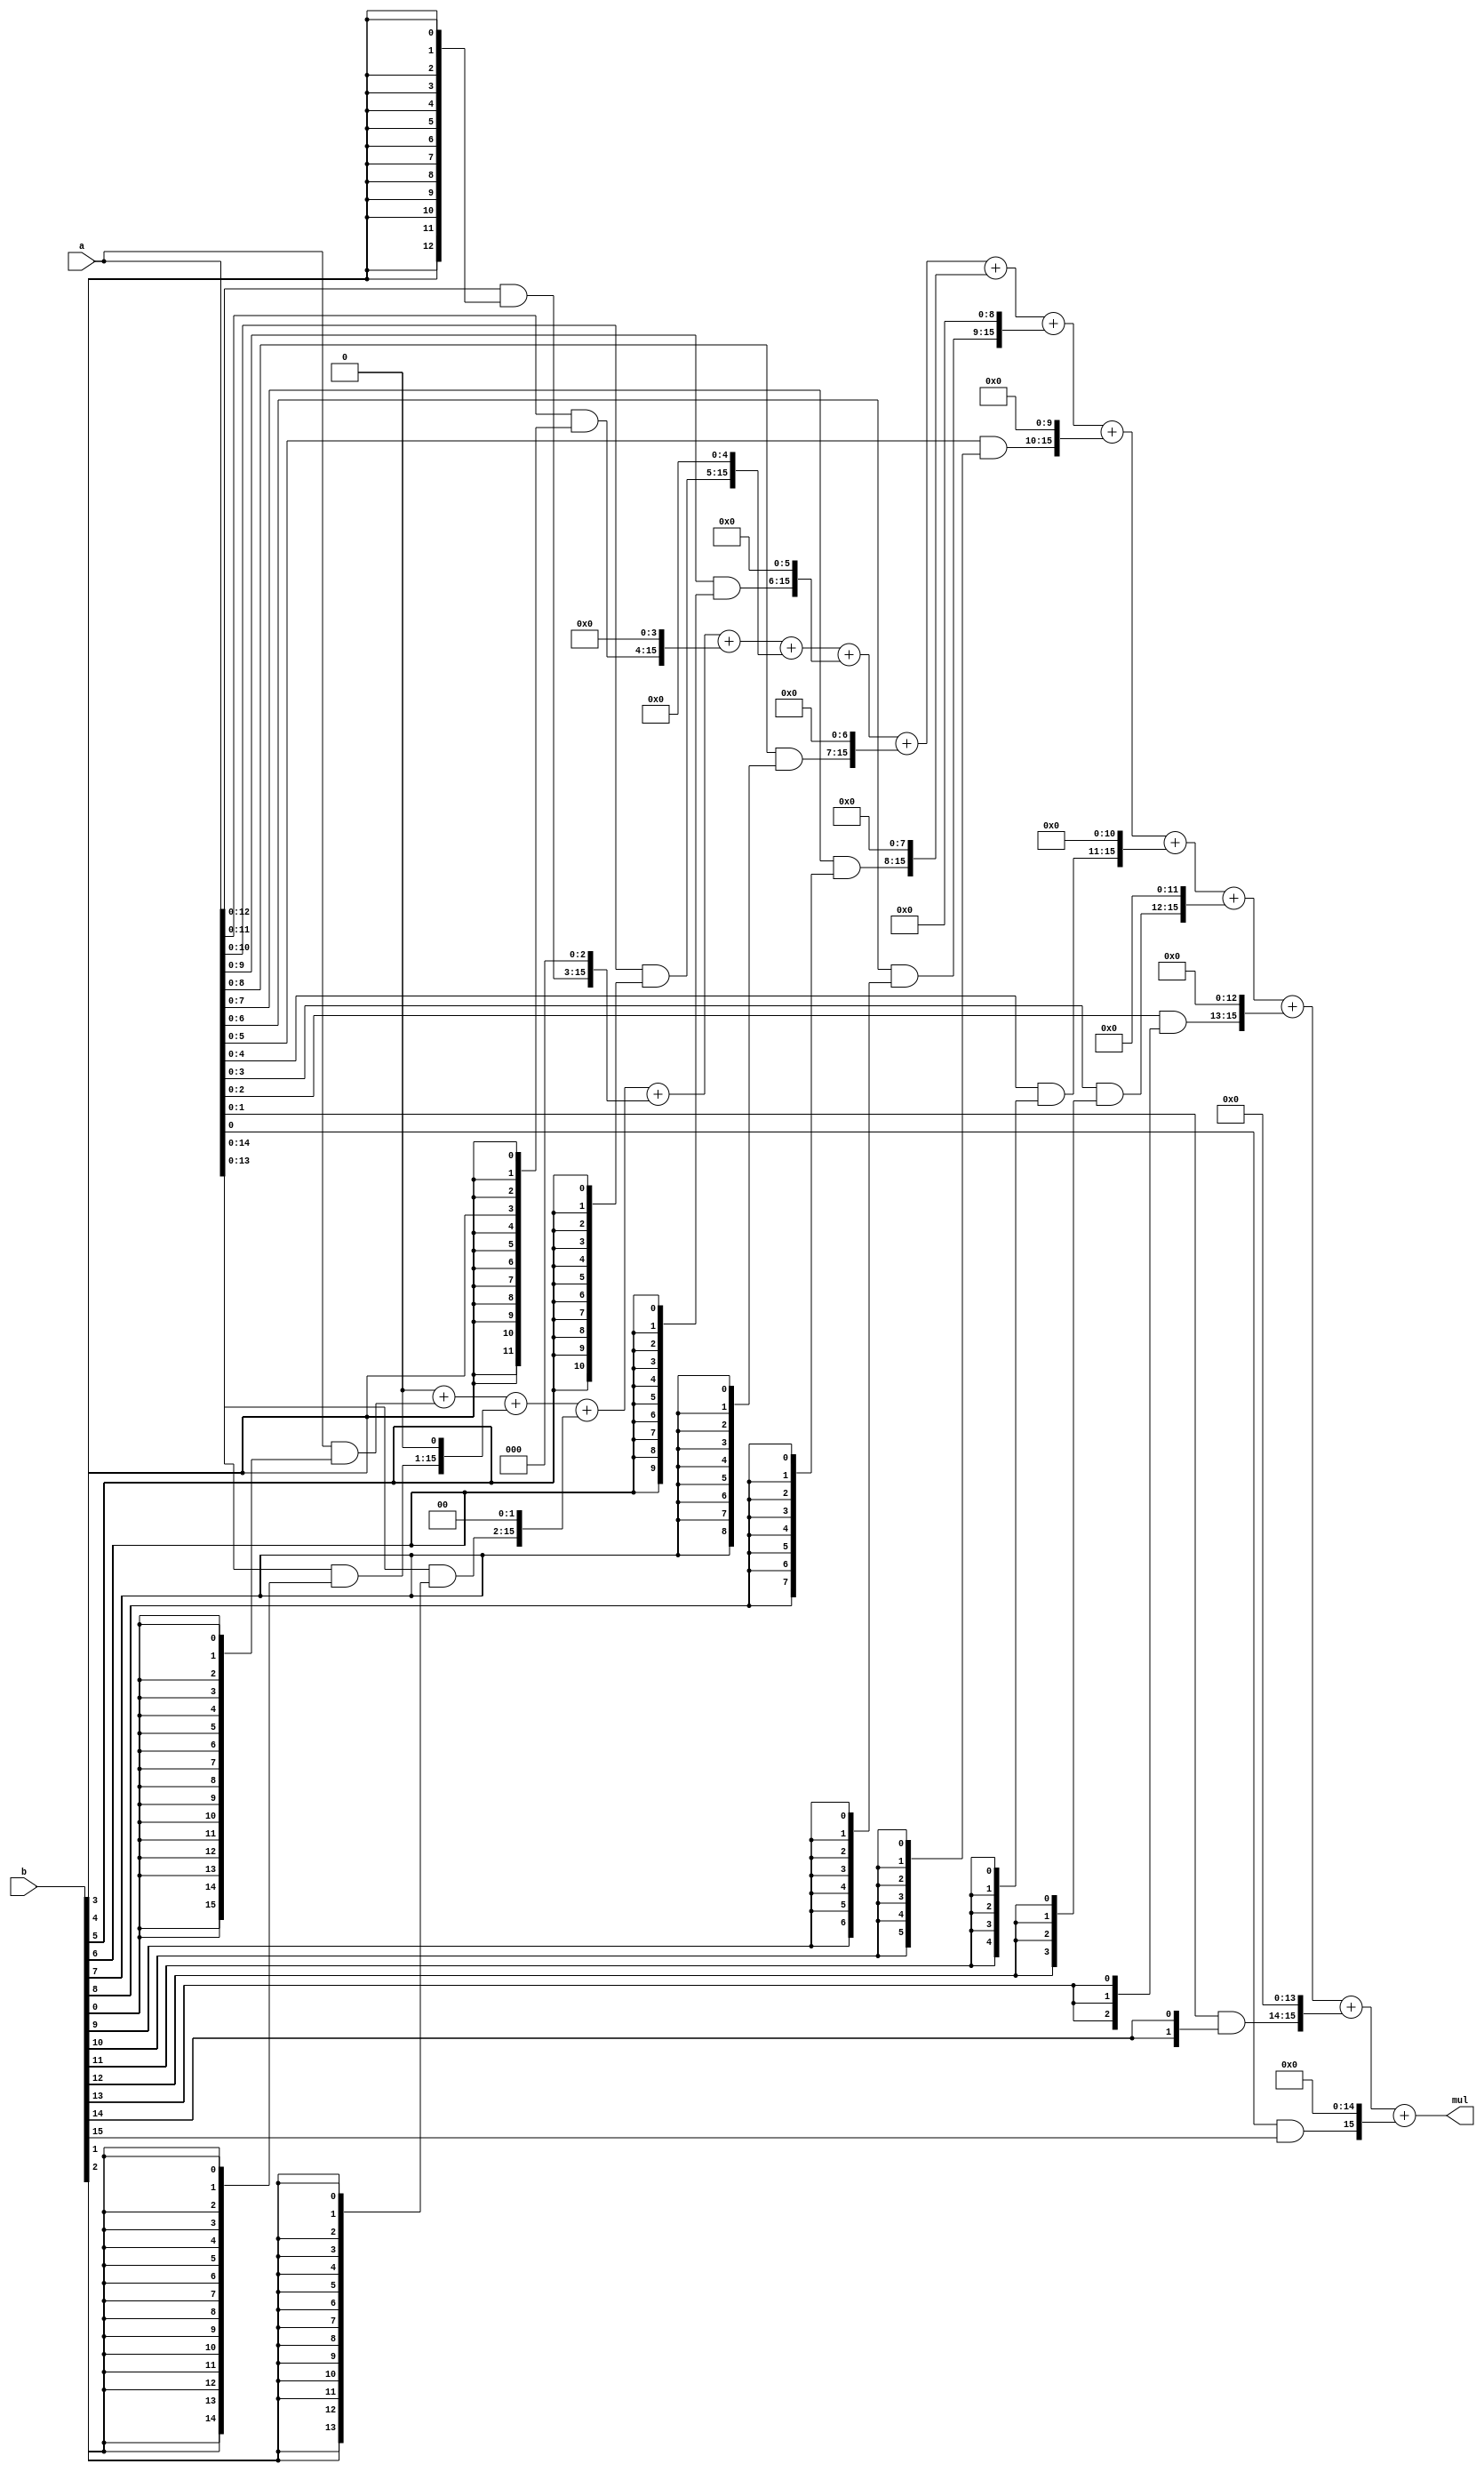
/*
   This file was generated automatically by the Mojo IDE version B1.3.6.
   Do not edit this file directly. Instead edit the original Lucid source.
   This is a temporary file and any changes made to it will be destroyed.
*/

module multiply_31 (
    input [15:0] a,
    input [15:0] b,
    output reg [15:0] mul
  );
  
  
  
  integer shiftIndex;
  
  reg [15:0] partial;
  
  reg [15:0] tempMul;
  
  always @* begin
    tempMul = 1'h0;
    for (shiftIndex = 1'h0; shiftIndex < 5'h10; shiftIndex = shiftIndex + 1) begin
      partial = (a[0+15-:16] & ({5'h10{b[(shiftIndex)*1+0-:1]}})) << shiftIndex;
      tempMul = tempMul + partial;
    end
    mul = tempMul;
  end
endmodule